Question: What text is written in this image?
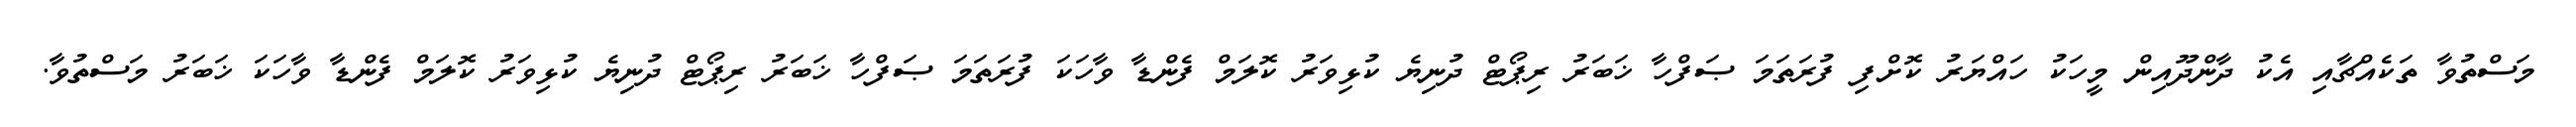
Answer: މަސްތުވާ ތަކެއްޗާއި އެކު ދާންދޫއިން މީހަކު ހައްޔަރު ކޮށްފި ފުރަތަމަ ޞަފްހާ ޚަބަރު ރިޕޯޓް ދުނިޔެ ކުޅިވަރު ކޮލަމް ފެންޑާ ވާހަކަ ފުރަތަމަ ޞަފްހާ ޚަބަރު ރިޕޯޓް ދުނިޔެ ކުޅިވަރު ކޮލަމް ފެންޑާ ވާހަކަ ޚަބަރު މަސްތުވާ.